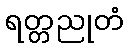
ရတ္တညုတံ